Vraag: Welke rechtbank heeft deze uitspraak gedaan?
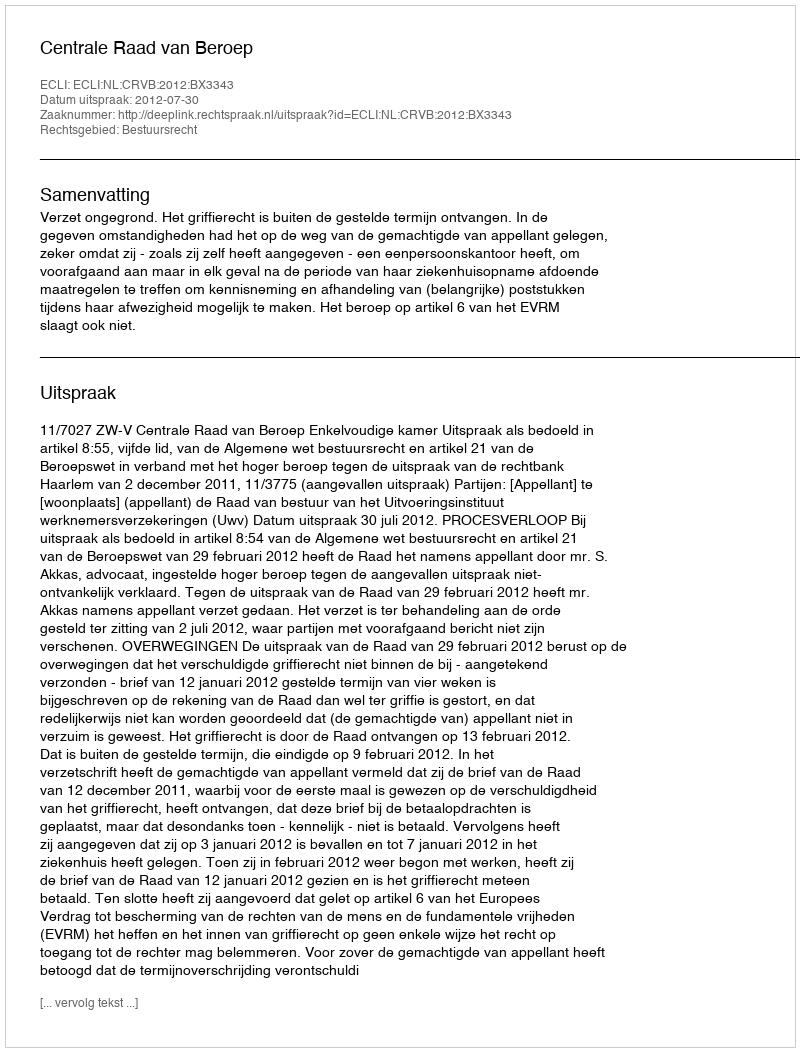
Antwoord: Centrale Raad van Beroep